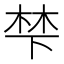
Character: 梺